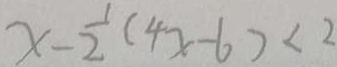
x - \frac { 1 } { 2 } ( 4 x - 6 ) < 2